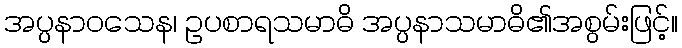
အပ္ပနာဝသေန၊ ဥပစာရသမာဓိ အပ္ပနာသမာဓိ၏အစွမ်းဖြင့်။